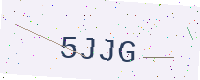
Text: 5JJG